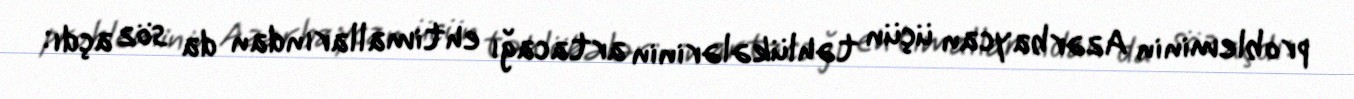
probleminin Azərbaycan üçün təhlükələrinin artacağı ehtimallarından da söz açdı: